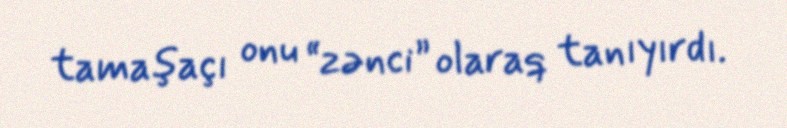
tamaşaçı onu “zənci” olaraq tanıyırdı.